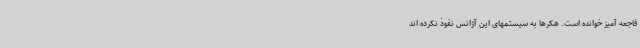
فاجعه آمیز خوانده است. هکرها به سیستمهای این آژانس نفوذ نکرده اند